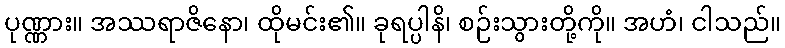
ပုဏ္ဏား။ အဿရာဇိနော၊ ထိုမင်း၏။ ခုရပ္ပါနိ၊ စဉ်းသွားတို့ကို။ အဟံ၊ ငါသည်။